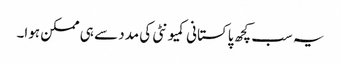
یہ سب کچھ پاکستانی کمیونٹی کی مدد سے ہی ممکن ہوا۔